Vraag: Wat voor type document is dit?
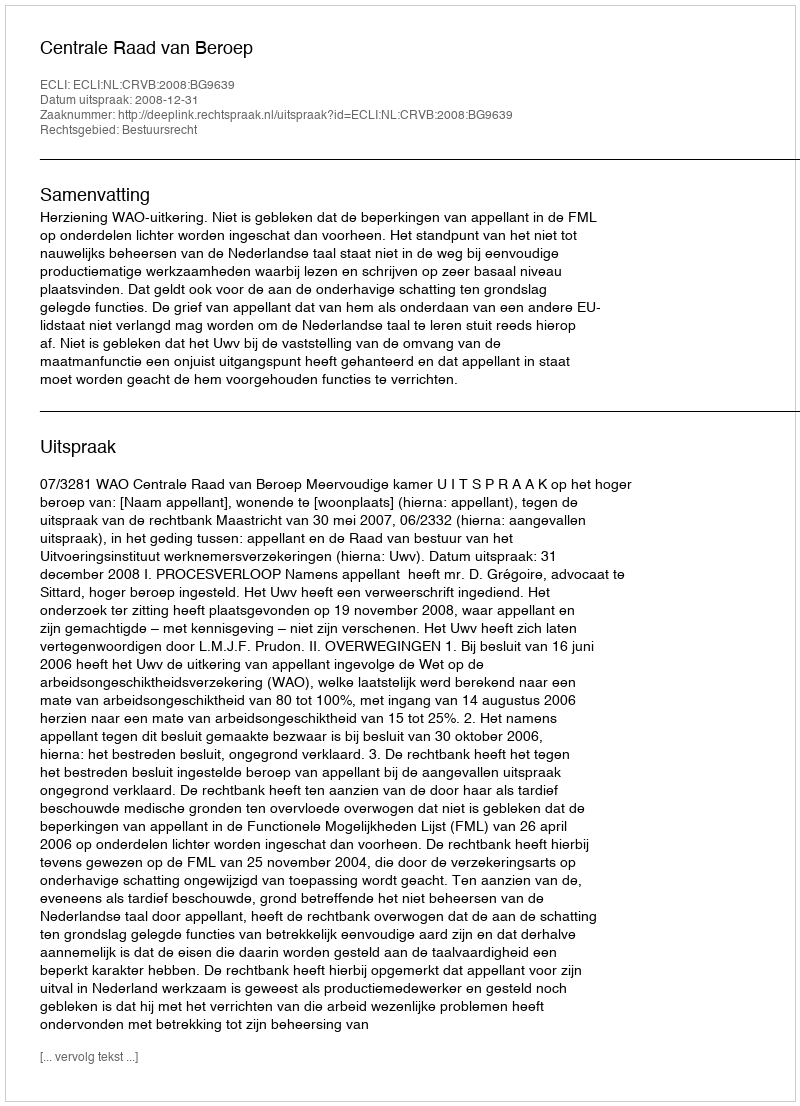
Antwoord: Uitspraak